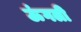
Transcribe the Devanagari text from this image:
ऊंगली